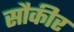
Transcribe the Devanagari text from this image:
सौकीर